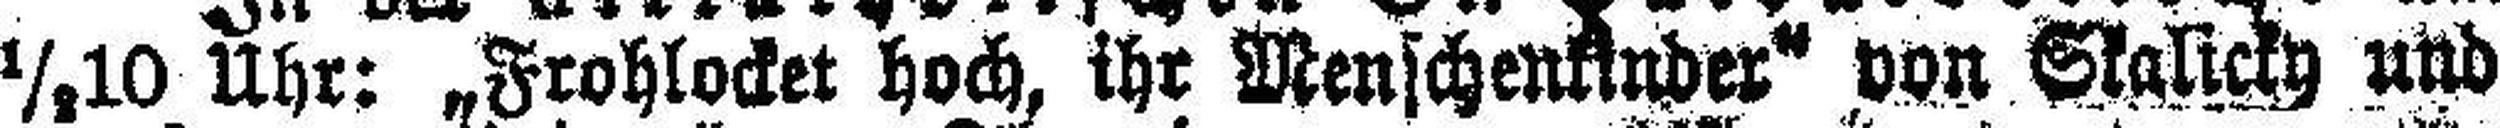
½10 Uhr: „Frohlocket hoch, ihr Menschenkinder“ von Skalich und